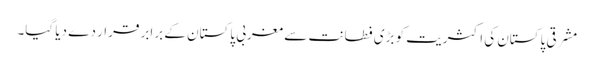
مشرقی پاکستان کی اکثریت کو بڑی فطانت سے مغربی پاکستان کے برابر قرار دے دیا گیا۔